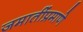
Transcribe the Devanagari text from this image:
जमातींप्रमाणे